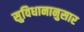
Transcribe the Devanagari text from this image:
सुविधानानुसार